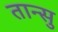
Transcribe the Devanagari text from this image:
तान्सु